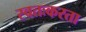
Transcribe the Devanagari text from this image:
स्वतःकरता